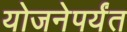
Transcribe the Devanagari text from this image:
योजनेपर्यंत